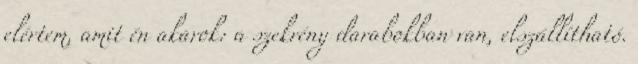
elértem, amit én akarok: a szekrény darabokban van, elszállítható.